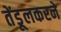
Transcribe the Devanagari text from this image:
तेंडूलकरने